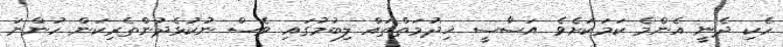
ހެކި ދެނީ އެންމެ ކަމަކަށެވެ އަސާސީ ޚިދުމަތްތައް ލިބުމުގައި ވެސް ނުކުޅެދުންތެރިކަން ހުންނަ